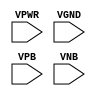
module sky130_fd_sc_ms__tapvgnd2 (
    VPWR,
    VGND,
    VPB ,
    VNB
);

    input VPWR;
    input VGND;
    input VPB ;
    input VNB ;
endmodule